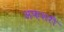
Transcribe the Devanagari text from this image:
अफ़शरी